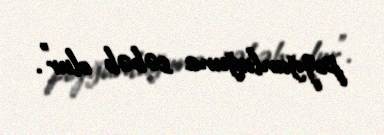
pozğunluğuna səbəb olur”.